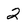
Character: 2